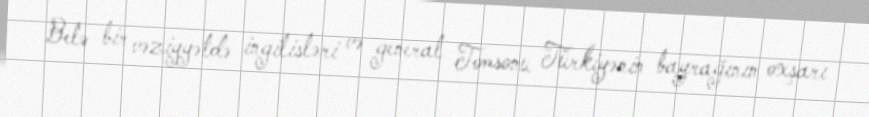
Belə bir vəziyyətdə ingilisləri və general Tomsonu Türkiyənin bayrağının oxşarı